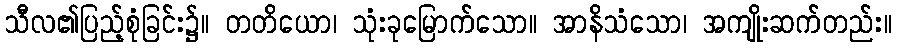
သီလ၏ပြည့်စုံခြင်း၌။ တတိယော၊ သုံးခုမြောက်သော။ အာနိသံသော၊ အကျိုးဆက်တည်း။